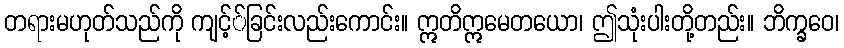
တရားမဟုတ်သည်ကို ကျင့််ခြင်းလည်းကောင်း။ ဣတိဣမေတယော၊ ဤသုံးပါးတို့တည်း။ ဘိက္ခဝေ၊